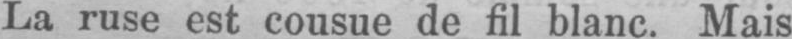
La ruse est cousue de fil blanc. Mais